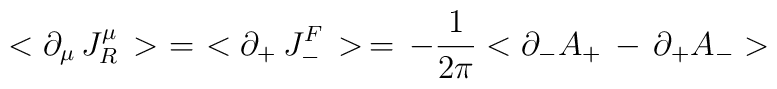
<\partial_\mu\, J_R^\mu\, >\,\,=\,\,<\partial_+\,  J_-^F\, >\,=\,- {1\over{ 2\pi }} < \partial_- A_+ \,-\,\partial_+ A_-  >